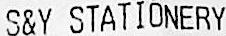
S&Y STATIONERY